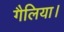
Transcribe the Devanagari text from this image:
गैलिया।